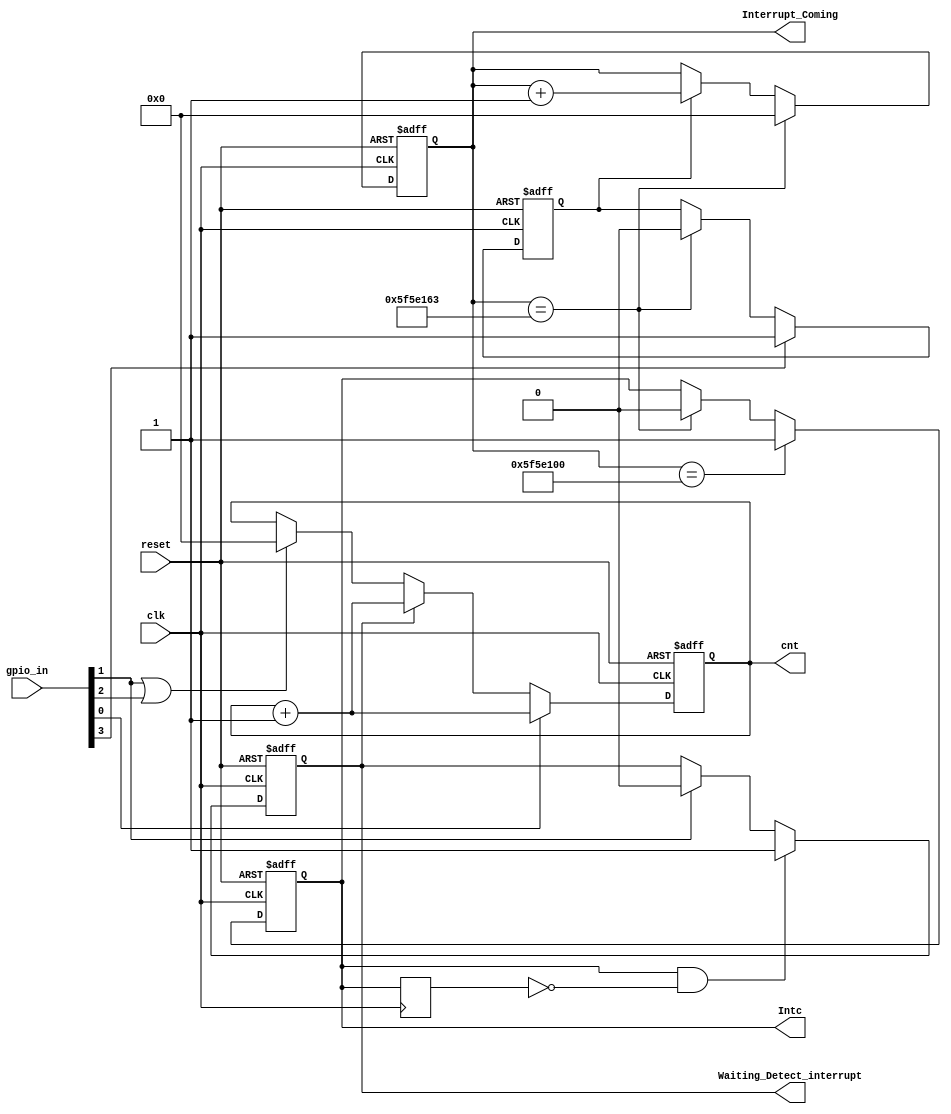
// Generator : SpinalHDL v1.8.1    git head : 2a7592004363e5b40ec43e1f122ed8641cd8965b
// Component : Timer_Cnt
// Git hash  : b2a922209f98818aa020387be356cd793579745a

`timescale 1ns/1ps

module Timer_Cnt (
  input      [3:0]    gpio_in,
  output     [31:0]   cnt,
  output              Intc,
  output     [31:0]   Interrupt_Coming,
  output              Waiting_Detect_interrupt,
  input               clk,
  input               reset
);

  wire                valid;
  wire                restart;
  reg                 Waiting_Detect_interrupt_1;
  reg        [31:0]   Interrupt_Coming_1;
  reg                 Intc_1;
  wire                when_LoopTest_l50;
  wire                when_LoopTest_l52;
  reg                 Interrupt_prepare;
  wire                Start_generate_Interrupt;
  wire                when_LoopTest_l62;
  wire                when_LoopTest_l66;
  reg                 Intc_1_regNext;
  wire                when_LoopTest_l72;
  reg        [31:0]   cnt_1;
  wire                when_LoopTest_l84;

  assign valid = gpio_in[0];
  assign restart = gpio_in[1];
  assign Waiting_Detect_interrupt = Waiting_Detect_interrupt_1;
  assign when_LoopTest_l50 = (Interrupt_Coming_1 == 32'h05f5e100);
  assign when_LoopTest_l52 = (Interrupt_Coming_1 == 32'h05f5e163);
  assign Interrupt_Coming = Interrupt_Coming_1;
  assign Intc = Intc_1;
  assign Start_generate_Interrupt = gpio_in[3];
  assign when_LoopTest_l62 = (Interrupt_Coming_1 == 32'h05f5e163);
  assign when_LoopTest_l66 = (Interrupt_Coming_1 == 32'h05f5e163);
  assign when_LoopTest_l72 = (Intc_1 && (! Intc_1_regNext));
  assign when_LoopTest_l84 = (restart || gpio_in[2]);
  assign cnt = cnt_1;
  always @(posedge clk or posedge reset) begin
    if(reset) begin
      Waiting_Detect_interrupt_1 <= 1'b0;
      Interrupt_Coming_1 <= 32'h0;
      Intc_1 <= 1'b0;
      Interrupt_prepare <= 1'b0;
      cnt_1 <= 32'h0;
    end else begin
      if(when_LoopTest_l50) begin
        Intc_1 <= 1'b1;
      end else begin
        if(when_LoopTest_l52) begin
          Intc_1 <= 1'b0;
        end
      end
      if(Start_generate_Interrupt) begin
        Interrupt_prepare <= 1'b1;
      end else begin
        if(when_LoopTest_l62) begin
          Interrupt_prepare <= 1'b0;
        end
      end
      if(when_LoopTest_l66) begin
        Interrupt_Coming_1 <= 32'h0;
      end else begin
        if(Interrupt_prepare) begin
          Interrupt_Coming_1 <= (Interrupt_Coming_1 + 32'h00000001);
        end
      end
      if(when_LoopTest_l72) begin
        Waiting_Detect_interrupt_1 <= 1'b1;
      end else begin
        if(restart) begin
          Waiting_Detect_interrupt_1 <= 1'b0;
        end
      end
      if(valid) begin
        cnt_1 <= (cnt_1 + 32'h00000001);
      end else begin
        if(Waiting_Detect_interrupt_1) begin
          cnt_1 <= (cnt_1 + 32'h00000001);
        end else begin
          if(when_LoopTest_l84) begin
            cnt_1 <= 32'h0;
          end
        end
      end
    end
  end

  always @(posedge clk) begin
    Intc_1_regNext <= Intc_1;
  end


endmodule